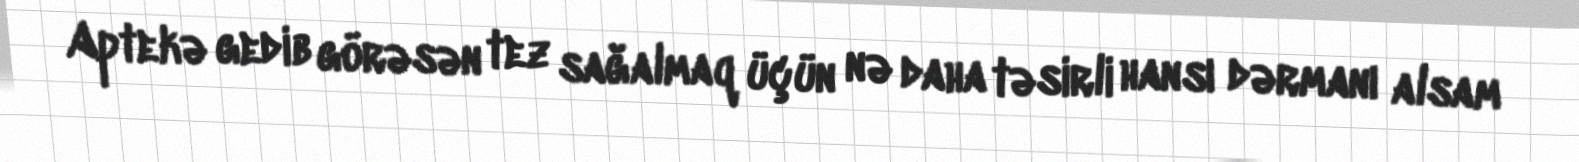
Aptekə gedib görəsən tez sağalmaq üçün nə daha təsirli hansı dərmanı alsam